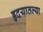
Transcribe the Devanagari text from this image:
हृदयातल्या